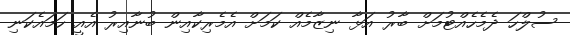
ސުލްހަ ދެމެހެއްޓުމަށް ބާރު އަޅާ ނިޒާމެއް ކަމަށް އެމެރިކާއިން ބުނާއިރު އެއީ ހަމައެކަނި